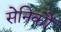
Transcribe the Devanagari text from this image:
सेनिकों